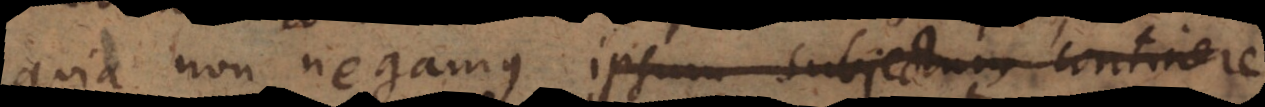
quia non negamus ipsum subjectum continere